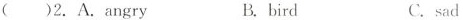
( )2. A. angry B.bird C.sad